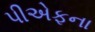
પીએફના